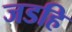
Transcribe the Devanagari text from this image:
जडहि